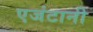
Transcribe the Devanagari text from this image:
एजंटानी